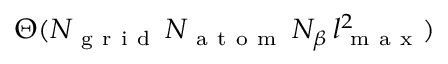
\Theta ( N _ { \mathrm { ~ g ~ r ~ i ~ d ~ } } \, N _ { \mathrm { ~ a ~ t ~ o ~ m ~ } } \, N _ { \beta } \, l _ { \mathrm { ~ m ~ a ~ x ~ } } ^ { 2 } )